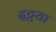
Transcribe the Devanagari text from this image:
दट्टया